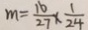
m = \frac { 1 6 } { 2 7 } \times \frac { 1 } { 2 4 }